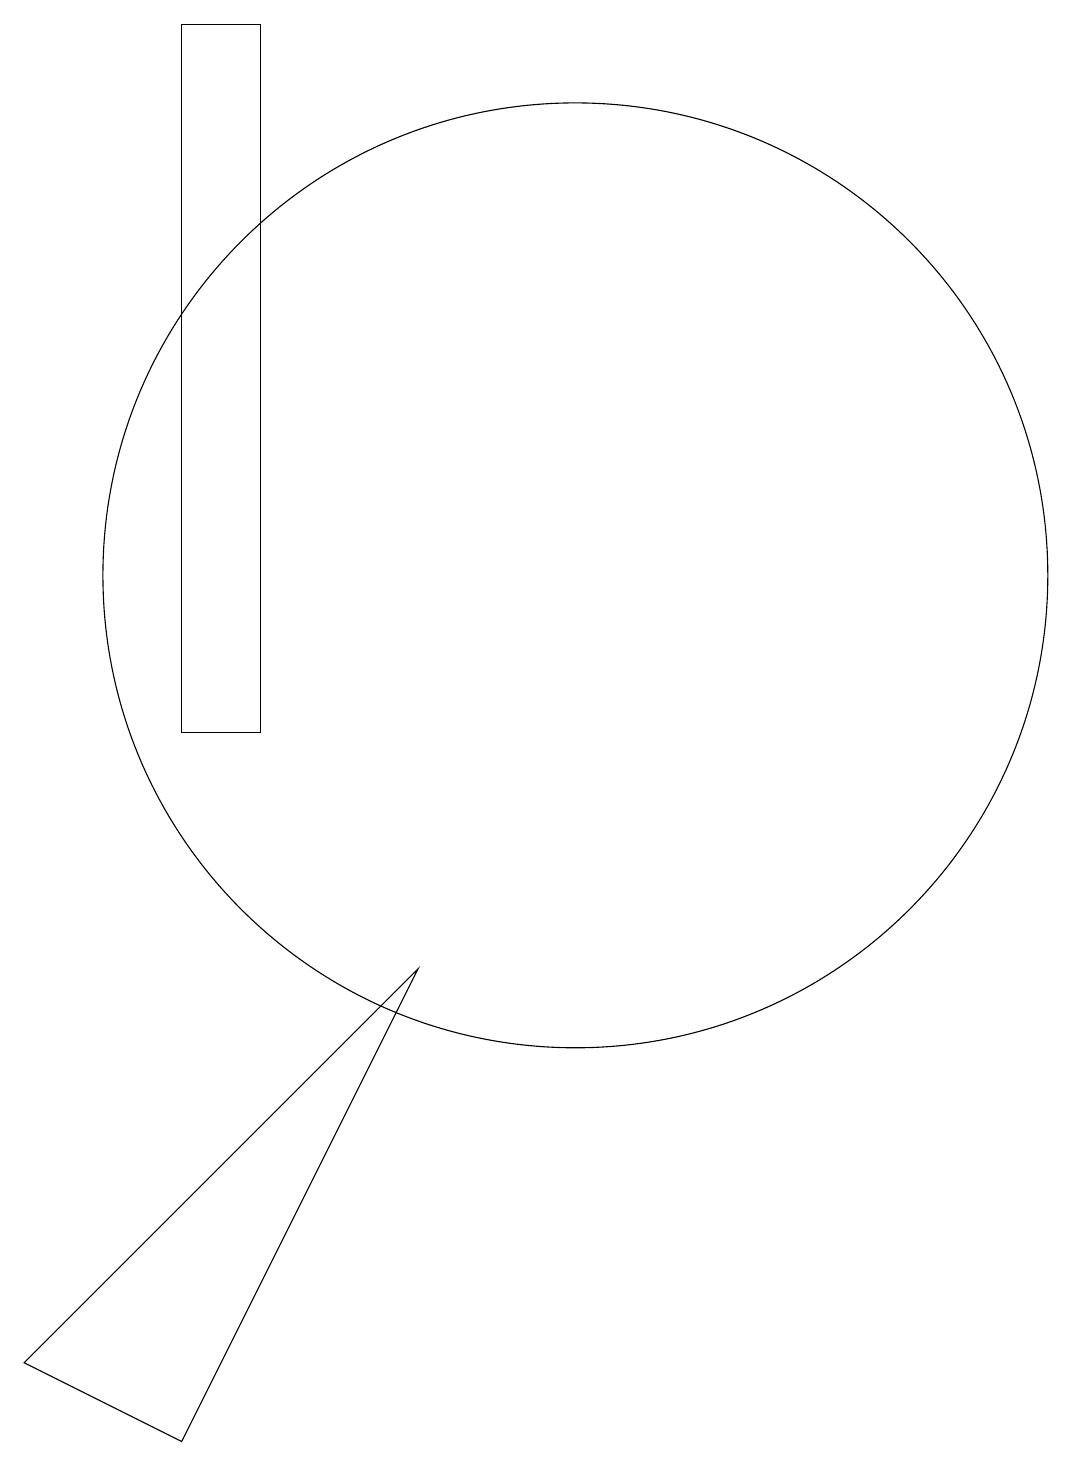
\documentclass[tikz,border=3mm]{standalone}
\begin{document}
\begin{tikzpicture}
\draw (6,10) rectangle (7,19);
\draw (11,12) circle (6);
\draw (9,7) -- (6,1) -- (4,2) -- cycle;
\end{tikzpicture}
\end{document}